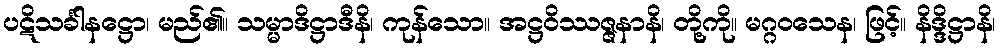
ပဋိသင်္ခါနဋ္ဌော၊ မည်၏။ သမ္မာဒိဋ္ဌာဒီနိ၊ ကုန်သော။ အဋ္ဌဝိဿဇ္ဇနာနိ၊ တို့ကို။ မဂ္ဂဝသေန၊ ဖြင့်။ နိဒ္ဒိဋ္ဌာနိ၊